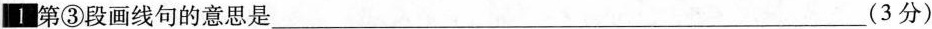
Ⅰ第③段画线句的意思是___(3分)